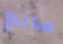
صانع